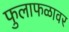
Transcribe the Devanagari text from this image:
फुलाफळावर